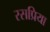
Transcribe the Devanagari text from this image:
रसप्रिया